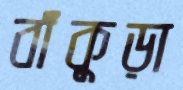
বাঁকুড়া